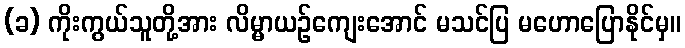
(ခ) ကိုးကွယ်သူတို့အား လိမ္မာယဉ်ကျေးအောင် မသင်ပြ မဟောပြောနိုင်မှ။